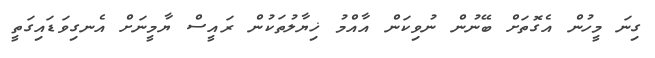
ގިނަ މީހުން އެގޮތަށް ބޭނުން ނުވިކަން އާއްމު ޚިޔާލުތަކުން ރައީސް ޔާމީނަށް އެނގިވަޑައިގަތީ